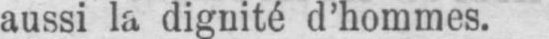
aussi la dignité d’hommes.